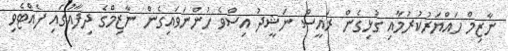
ނާޒިމް ހައްޔަރުކުރުމާއި ގުޅިގެން ރައީސް ނަޝީދު އިސްވެ ހުންނަވައިގެން ނާޒިމްގެ ދިފާއުގައި ފެއްޓެވި